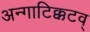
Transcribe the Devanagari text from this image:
अन्गाटिक्कटव्